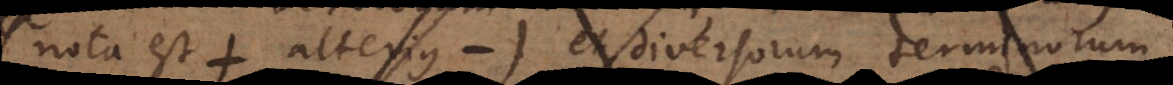
nota est + alterius −) et diversorum terminorum